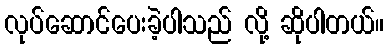
လုပ်ဆောင်ပေးခဲ့ပါသည် လို့ ဆိုပါတယ်။